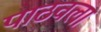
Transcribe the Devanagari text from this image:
पाठवला